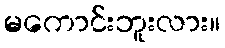
မကောင်းဘူးလား။